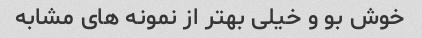
خوش بو و خیلی بهتر از نمونه های مشابه